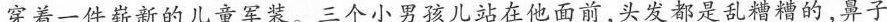
堂美一件嘉新的儿音军装一一个小男孩儿站在他面前头发都是乱糟糟的鼻子